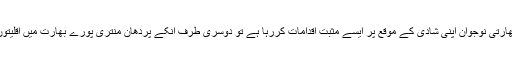
ایک طرف آلودگی سے بچنے کیلئے بھارتی نوجوان اپنی شادی کے موقع پر ایسے مثبت اقدامات کررہا ہے تو دوسری طرف انکے پردھان منتری پورے بھارت میں اقلیتوں کیخلاف نفرت کا گند پھیلا رہے ہیں۔